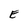
Character: E